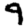
Digit: 9